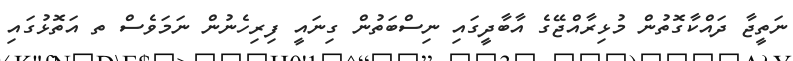
ނަތީޖާ ދައްކާގޮތުން މުޅިރާއްޖޭގެ އާބާދީގައި ނިސްބަތުން ގިނައީ ފިރިހެނުން ނަމަވެސް ތ އަތޮޅުގައި